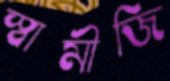
স্বামীজি